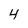
Character: 4